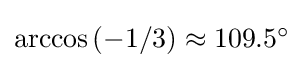
{\textstyle \arccos \left(-1/3\right)\approx 109.5^{\circ }}